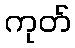
ကုတ်